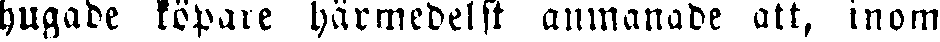
hugade köpare härmedelst anmanade att, inom